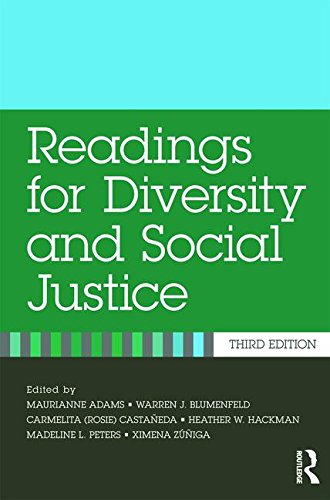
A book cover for Readings for Diversity and Social Justice; History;